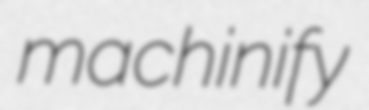
machinify